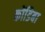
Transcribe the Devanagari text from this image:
कोंडिबा